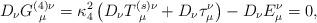
LaTeX: \begin{align*}D_\nu G_{~\mu }^{(4)\nu }=\kappa _4^2\left( {D_\nu T_{~\mu }^{(s)\nu }+D_\nu\tau _\mu ^\nu }\right) -D_\nu E_\mu ^\nu =0, \end{align*}